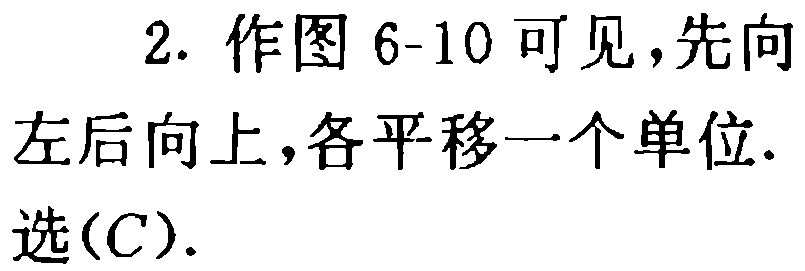
2. 作图 6-10 可见，先向左后向上，各平移一个单位. 选$(C)$.